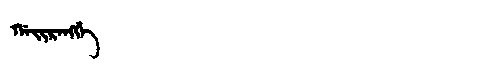
Manchu: ᡤᠠᡳᡵᠠᠩᡤᡝ
Romanization: GAIRANGGE